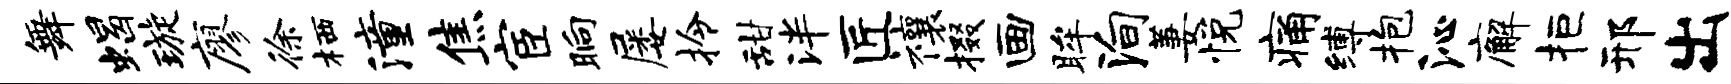
舞蝎璇廖徐栖潼焦宦晌屡拎甜泮匠禳掇画眸殉萋悦痛缚抱沁廨拒邢出